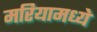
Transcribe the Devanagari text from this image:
मरियामध्ये